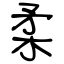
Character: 柔